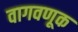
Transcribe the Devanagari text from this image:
वागवणूक